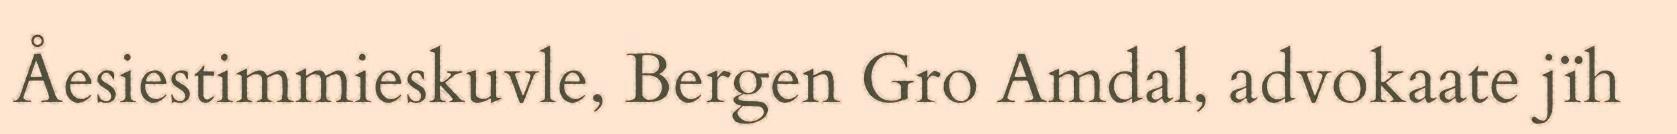
Åesiestimmieskuvle, Bergen Gro Amdal, advokaate jïh